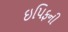
ઇપિફની